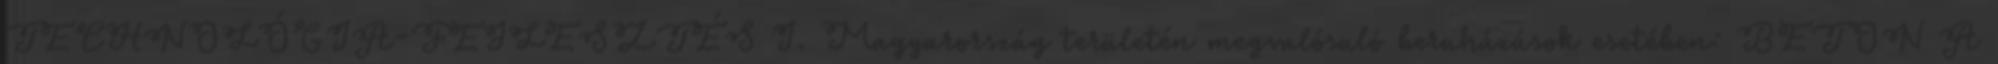
TECHNOLÓGIA-FEJLESZTÉS I. Magyarország területén megvalósuló beruházások esetében: BETON A